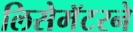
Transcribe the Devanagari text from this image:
लिसेमॅटरने